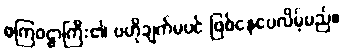
စကြဝဠာကြီး၏ ဗဟိုချက်မပင် ဖြစ်နေပေလိမ့်မည်။